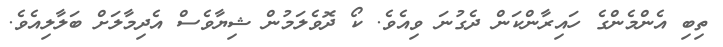
ތިބި އެންމެންގެ ހައިރާންކަން ދެގުނަ ވިއެވެ. ކޯ ދޮވެލަމުން ޝިޔާވެސް އެދިމާލަށް ބަލާލިއެވެ.